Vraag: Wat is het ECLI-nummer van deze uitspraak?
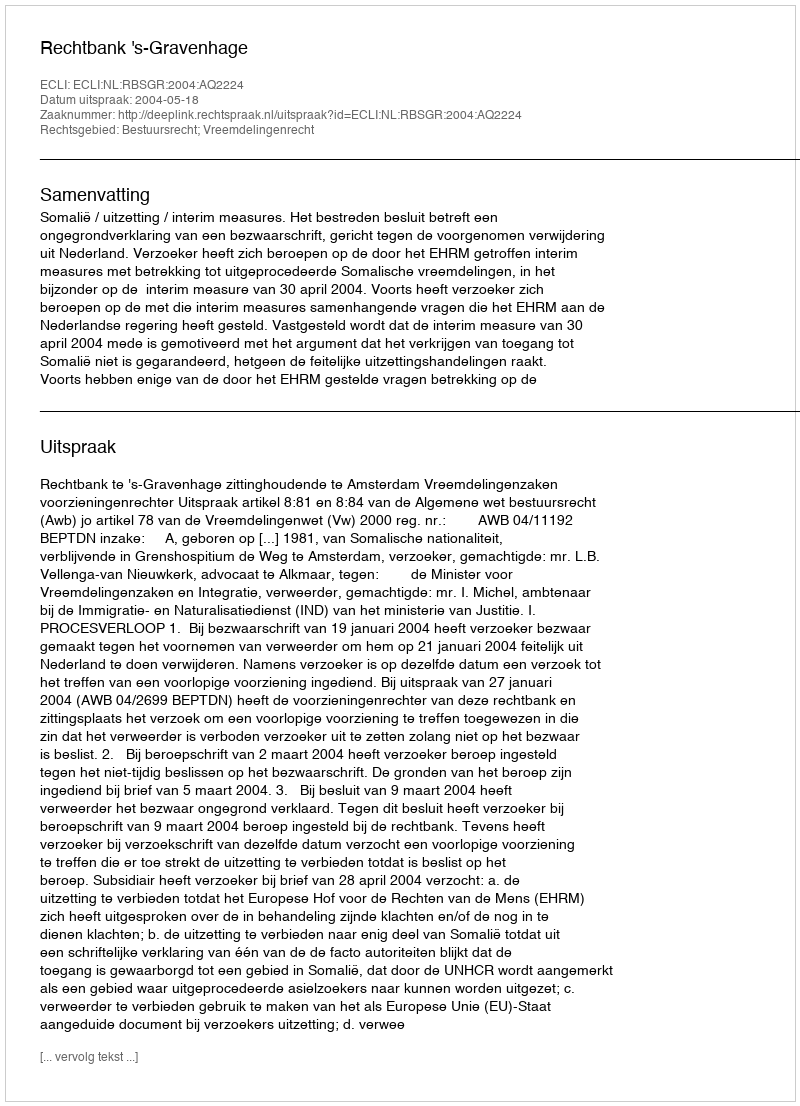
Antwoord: ECLI:NL:RBSGR:2004:AQ2224